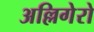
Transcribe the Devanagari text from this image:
अल्लिगेरो